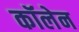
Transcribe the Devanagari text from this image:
कॉलेन